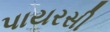
પાયરસી